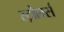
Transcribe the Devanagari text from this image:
स्ट्रोलर्स